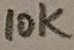
Text: 10K